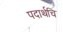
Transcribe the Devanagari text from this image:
पदार्थचि